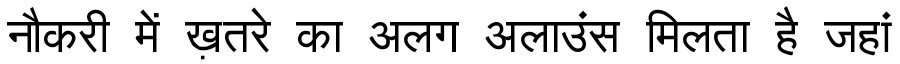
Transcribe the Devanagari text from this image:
नौकरी में ख़तरे का अलग अलाउंस मिलता है जहां